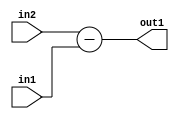
`timescale 1ps / 1ps
/*****************************************************************************
    Verilog RTL Description
    
    
    Created by: Stratus DpOpt 2019.1.01 
*******************************************************************************/

module st_feature_addr_gen_Sub_17Ux8U_18S_4 (
	in2,
	in1,
	out1
	); /* architecture "behavioural" */ 
input [16:0] in2;
input [7:0] in1;
output [17:0] out1;
wire [17:0] asc001;

assign asc001 = 
	+(in2)
	-(in1);

assign out1 = asc001;
endmodule

/* CADENCE  ubL2Tw4= : u9/ySgnWtBlWxVPRXgAZ4Og= ** DO NOT EDIT THIS LINE ******/